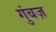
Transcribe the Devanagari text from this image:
गुंबज़